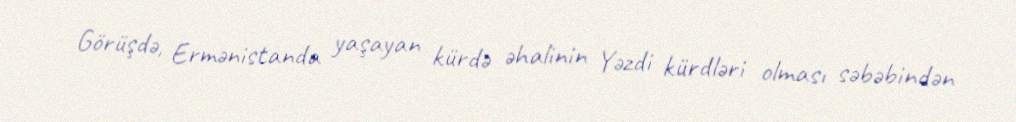
Görüşdə, Ermənistanda yaşayan kürdə əhalinin Yəzdi kürdləri olması səbəbindən